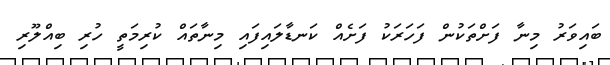
ބައިވަރު މިނާ ފަށްތަކުން ފަހަރަކު ފަށެއް ކަނޑާލައިފައި މިނާތައް ކުރިމަތީ ހުރި ބިއްލޫރި